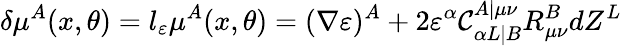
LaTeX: \delta\mu^{A}(x,\theta)=l_{\varepsilon}\mu^{A}(x,\theta)=(\nabla\varepsilon)^{A}+2\varepsilon^{\alpha}\mathcal{C}_{\alpha L|B}^{A|\mu\nu}R_{\mu\nu}^{B}dZ^{L}